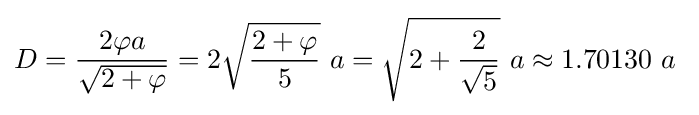
D={2\varphi a \over {\sqrt {2+\varphi }}}=2{\sqrt {{2+\varphi } \over 5}}~a={\sqrt {2+{2 \over {\sqrt {5}}}}}~a\approx 1.70130~a~